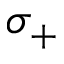
\sigma _ { + }